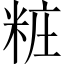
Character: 粧